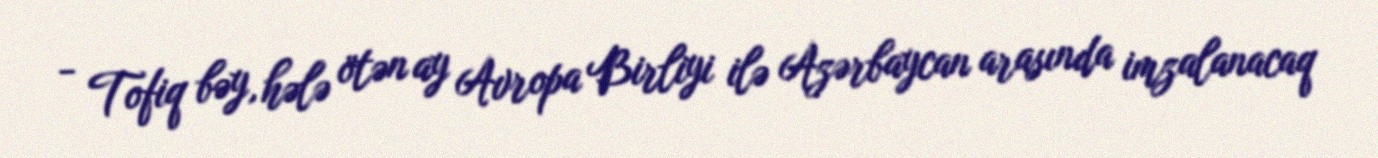
- Tofiq bəy, hələ ötən ay Avropa Birliyi ilə Azərbaycan arasında imzalanacaq